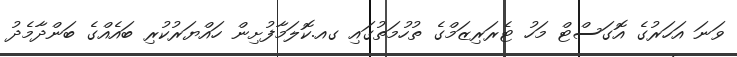
ވަނަ އަހަރުގެ އޮގަސްޓް މަހު ޓެރަރިޒަމްގެ ތުހުމަތުގައި ގއ.ކޮލަމާފުށިން ހައްޔަރުކުރި ބައެއްގެ ބަންދާމެދު